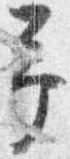
予